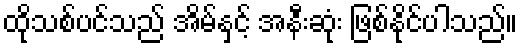
ထိုသစ်ပင်သည် အိမ်နှင့် အနီးဆုံး ဖြစ်နိုင်ပါသည်။